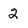
Character: 2